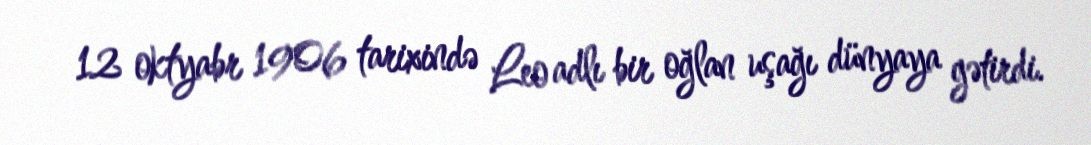
12 oktyabr 1906 tarixində Leo adlı bir oğlan uşağı dünyaya gətirdi.